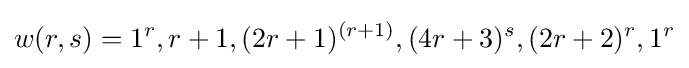
w(r,s)=1^{r},r+1,(2r+1)^{(r+1)},(4r+3)^{s},(2r+2)^{r},1^{r}